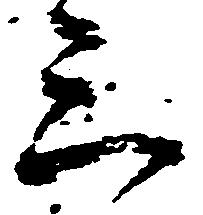
三